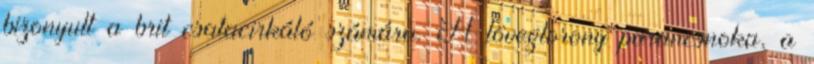
bizonyult a brit csatacirkáló számára. A lövegtorony parancsnoka, a